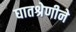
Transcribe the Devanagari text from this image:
घातश्रेणीने